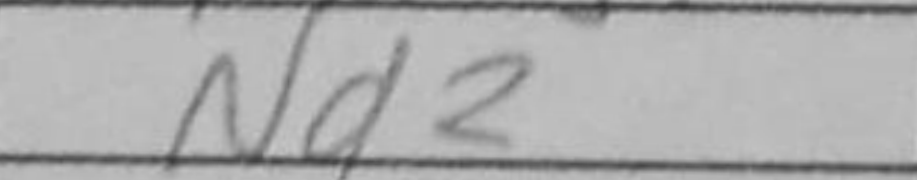
Transcription: Nd2